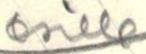
esille